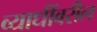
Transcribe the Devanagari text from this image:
व्याधींवरील